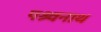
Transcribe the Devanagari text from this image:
पश्र्वनाथ